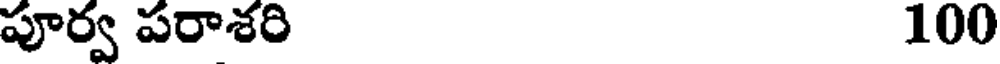
పూర్వ పరాశరి 100